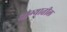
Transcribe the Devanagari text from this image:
धाग्यातील